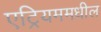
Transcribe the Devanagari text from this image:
एट्रियममधील